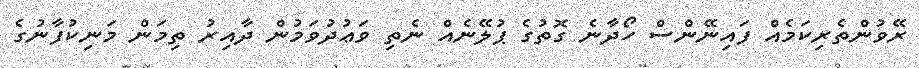
ރޭވުންތެރިކަމެއް ފައިނޭންސް ހޯދާނެ ގޮތުގެ ޕުލޭނެއް ނެތި ވަޢުދުވަމުން ދާއިރު ތިމަން މަނިކުފާނުގެ